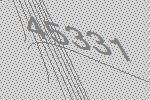
45331